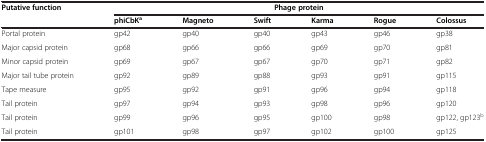
| <ROWSPAN=2> Putative function | <COLSPAN=5> Phage protein |  |
 | phiCbKa | Magneto | Swift | Karma | Rogue | Colossus |
 | --- | --- | --- | --- | --- | --- | --- |
 | Portal protein | gp42 | gp40 | gp40 | gp43 | gp46 | gp38 |
 | Major capsid protein | gp68 | gp66 | gp66 | gp69 | gp70 | gp81 |
 | Minor capsid protein | gp69 | gp67 | gp67 | gp70 | gp71 | gp82 |
 | Major tail tube protein | gp92 | gp89 | gp88 | gp93 | gp91 | gp115 |
 | Tape measure | gp95 | gp92 | gp91 | gp96 | gp94 | gp118 |
 | Tail protein | gp97 | gp94 | gp93 | gp98 | gp96 | gp120 |
 | Tail protein | gp99 | gp96 | gp95 | gp100 | gp98 | gp122, gp123b |
 | Tail protein | gp101 | gp98 | gp97 | gp102 | gp100 | gp125 |